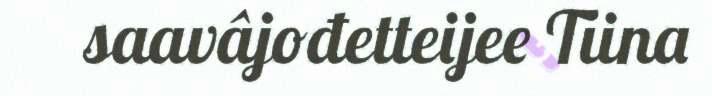
saavâjođetteijee Tiina